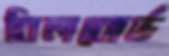
বিলবোর্ড